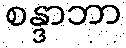
စန္ဒာဘာ